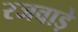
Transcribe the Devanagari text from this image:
रजवाडे़